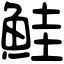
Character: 鮭